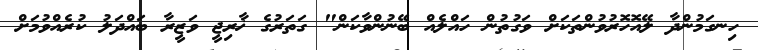
ހިނގަމުންދާ ލޭއޮހޮރުވުންތަކަށް ވަގުތުން ހައްލެއް ބޭނުންވާކަން" ގަތަރުގެ ޚާރިޖީ ވަޒީރާ ބައްދަލު ކުރެއްވުމަށް